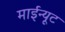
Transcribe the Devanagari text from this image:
माईन्यूट